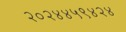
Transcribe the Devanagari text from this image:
२०२४४५९४२४